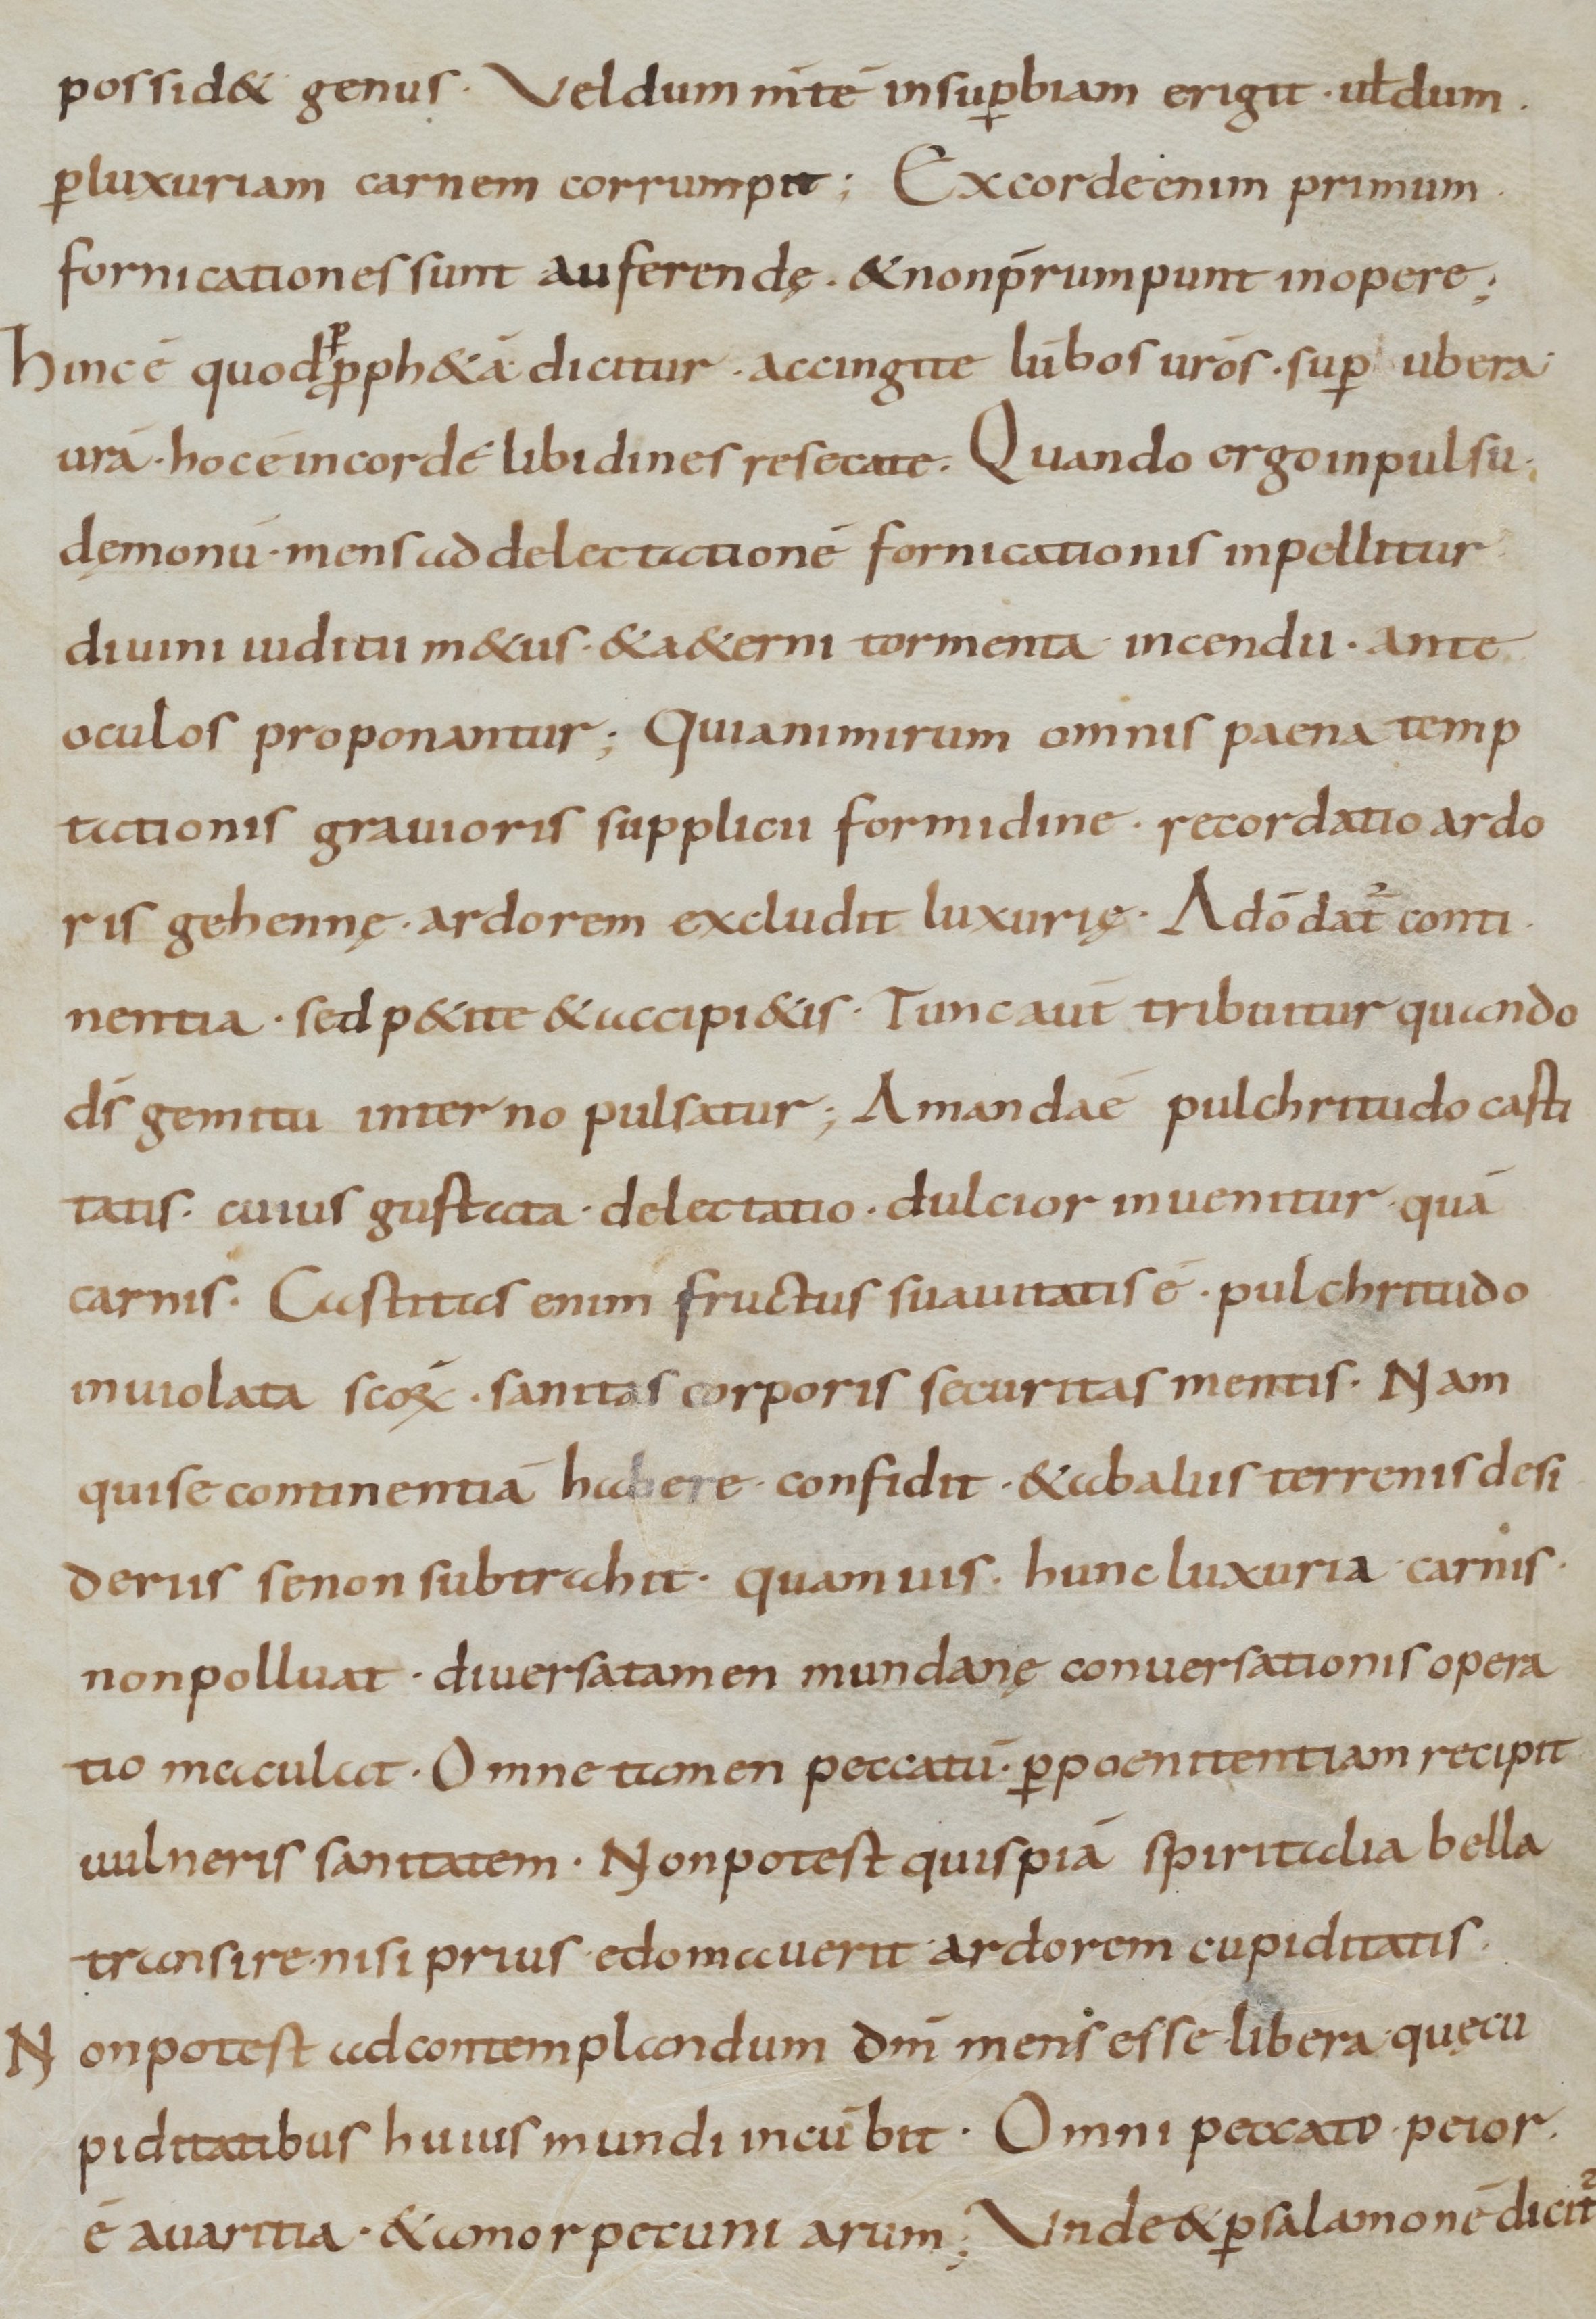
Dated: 900–999